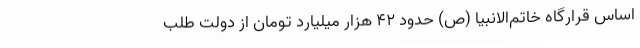
اساس قرارگاه خاتم‌الانبیا (ص) حدود 42 هزار میلیارد تومان از دولت طلب